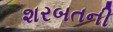
શરબતની